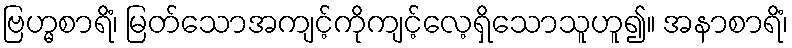
ဗြဟ္မစာရိံ၊ မြတ်သောအကျင့်ကိုကျင့်လေ့ရှိသောသူဟူ၍။ အနာစာရိံ၊